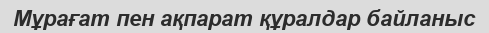
Мұрағат пен ақпарат құралдар байланыс